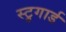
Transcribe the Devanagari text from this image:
स्टुगार्ड